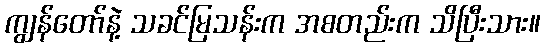
ကျွန်တော်နဲ့ သခင်မြသန်းက အစတည်းက သိပြီးသား။